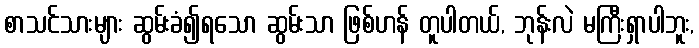
စာသင်သားများ ဆွမ်းခံ၍ရသော ဆွမ်းသာ ဖြစ်ဟန် တူပါတယ်, ဘုန်းလဲ မကြီးရှာပါဘူး,